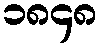
၁၈၄၈